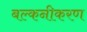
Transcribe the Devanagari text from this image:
बल्कनीकरण